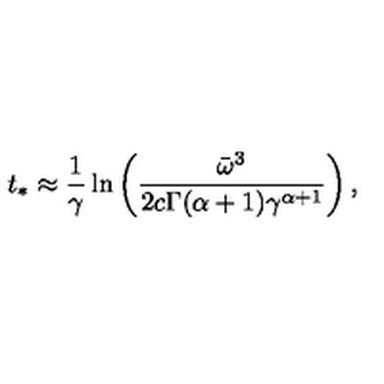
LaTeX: t _ { * } \approx \frac { 1 } { \gamma } \ln \left( \frac { \bar { \omega } ^ { 3 } } { 2 c \Gamma ( \alpha + 1 ) \gamma ^ { \alpha + 1 } } \right) ,